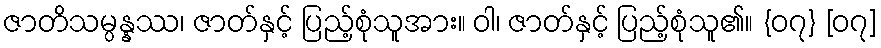
ဇာတိသမ္ပန္နဿ၊ ဇာတ်နှင့် ပြည့်စုံသူအား။ ဝါ၊ ဇာတ်နှင့် ပြည့်စုံသူ၏။ {၀၇} [၀၇]